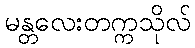
မန္တလေးတက္ကသိုလ်